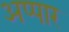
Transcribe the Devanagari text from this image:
अप्पार